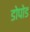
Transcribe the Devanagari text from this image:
डोपोड